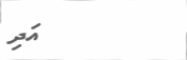
އަދި